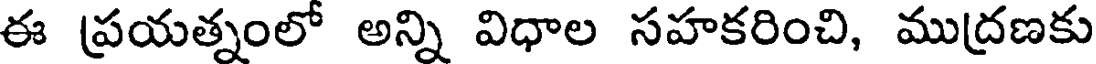
ఈ ప్రయత్నంలో అన్ని విధాల సహకరించి, ముద్రణకు